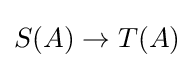
S(A)\to T(A)